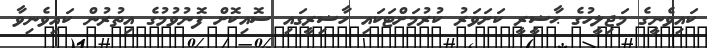
ކައިވެނީގެ މަޖިލީހުގެ ޙާޟީރީ ކަށަވަރު ކުރުމަށްޓަކައި ހާޟިރީގައި ސޮއިކޮށް ފޮނުވުމުގެ އިތުރުން ކައިވެނިވާ